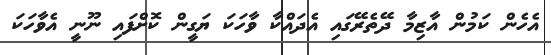
އެހެން ކަމުން އާޒިމާ ދޭތެރޭގައި އެދައްކާ ވާހަކަ ޔަގީން ކޮށްފައި ނޫނީ އެވާހަކަ